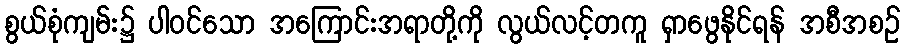
စွယ်စုံကျမ်း၌ ပါဝင်သော အကြောင်းအရာတို့ကို လွယ်လင့်တကူ ရှာဖွေနိုင်ရန် အစီအစဉ်